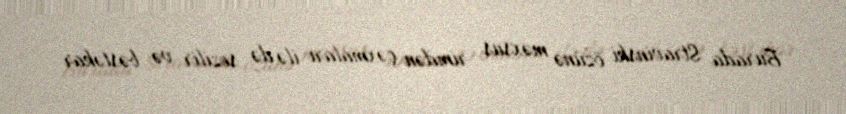
Burada Stravinski özünə məxsus rimdən çəxmaları ilə də sezilir və bəstəkar